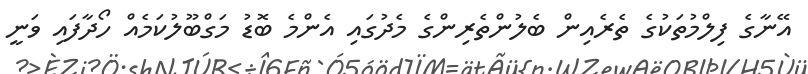
އޭނާގެ ފިލްމުތަކުގެ ތެރެއިން ބެލުންތެރިންގެ މެދުގައި އެންމެ ބޮޑު މަގްބޫލުކަމެއް ހޯދާފައި ވަނީ